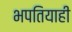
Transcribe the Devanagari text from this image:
भपतियाही